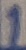
Text: 1